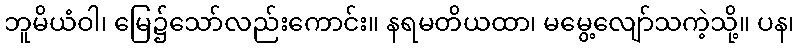
ဘူမိယံဝါ၊ မြေ၌သော်လည်းကောင်း။ နရမတိယထာ၊ မမွေ့လျော်သကဲ့သို့။ ပန၊